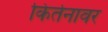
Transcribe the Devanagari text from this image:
किर्तनावर